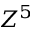
Z ^ { 5 }